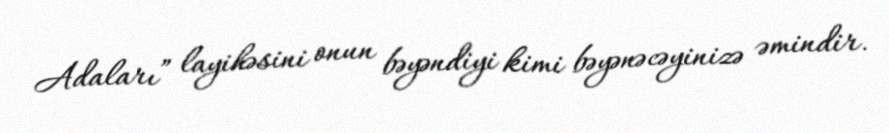
Adaları” layihəsini onun bəyəndiyi kimi bəyənəcəyinizə əmindir.